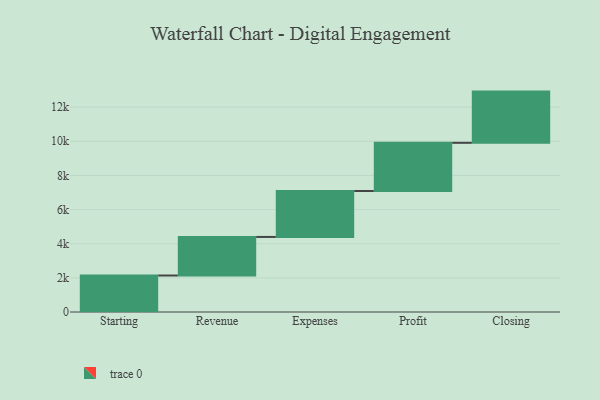
{"axis": {"x": "Step", "y": "Value"}, "legend": [""], "data": [{"x": "Starting", "y": 2138.0, "type": ""}, {"x": "Revenue", "y": 2259.0, "type": ""}, {"x": "Expenses", "y": 2692.0, "type": ""}, {"x": "Profit", "y": 2822.0, "type": ""}, {"x": "Closing", "y": 3000, "type": ""}]}